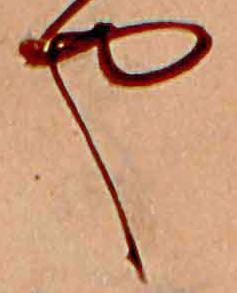
や